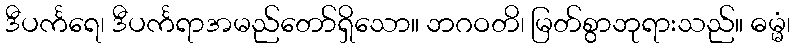
ဒီပင်္ကရေ၊ ဒီပင်္ကရာအမည်တော်ရှိသော။ ဘဂဝတိ၊ မြတ်စွာဘုရားသည်။ ဓမ္မံ၊